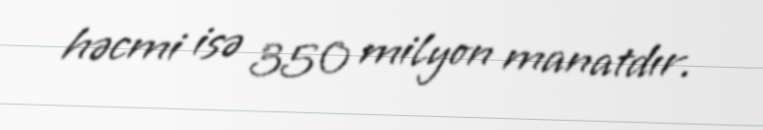
həcmi isə 350 milyon manatdır.